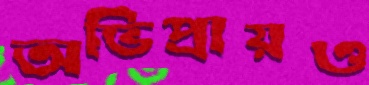
অভিপ্রায়ও